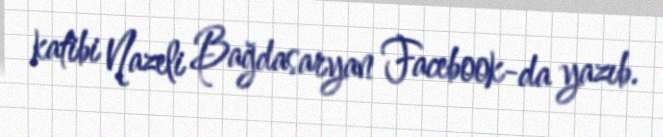
katibi Nazeli Bağdasaryan Facebook-da yazıb.